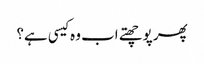
پھر پوچھتے اب وہ کیسی ہے؟